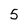
Character: 5